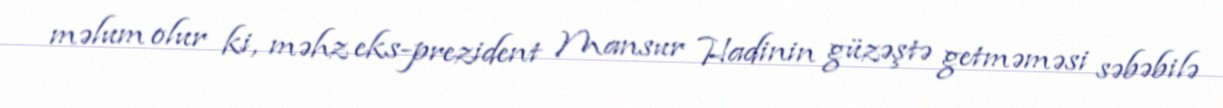
məlum olur ki, məhz eks-prezident Mansur Hadinin güzəştə getməməsi səbəbilə